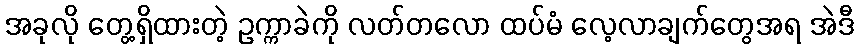
အခုလို တွေ့ရှိထားတဲ့ ဥက္ကာခဲကို လတ်တလော ထပ်မံ လေ့လာချက်တွေအရ အဲဒီ